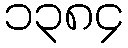
၁၃၈၄